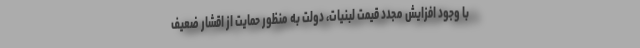
با وجود افزایش مجدد قیمت لبنیات، دولت به منظور حمایت از اقشار ضعیف